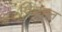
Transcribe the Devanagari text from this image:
विड्राल